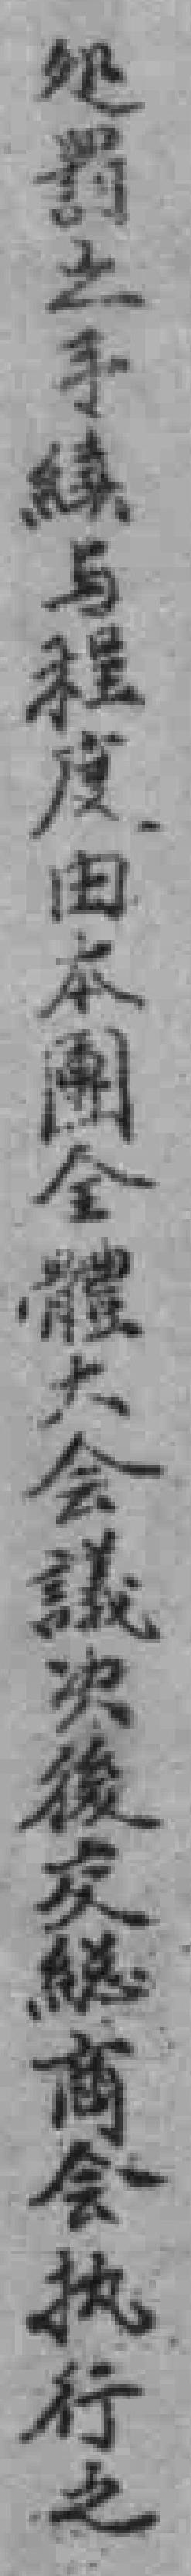
処罰之手續与程度由本團全體大會議决後交縂商會执行之